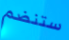
ستنضم